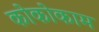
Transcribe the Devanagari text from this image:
कोकोकाम